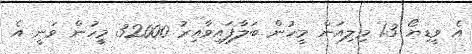
އެ ވީޑިޔޯ 1.3 މިލިއަން މީހުން ބަލާފައިވާއިރު 32000 މީހުން ވަނީ އެ